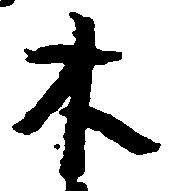
木